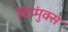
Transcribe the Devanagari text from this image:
चिप्मुंक्स